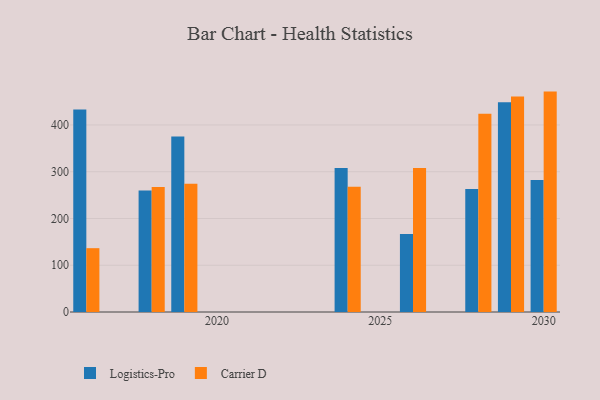
{"axis": {"x": "Year", "y": "Tickets Resolved"}, "legend": ["Carrier D", "Logistics-Pro"], "data": [{"x": "2028", "y": 263.3, "type": "Logistics-Pro"}, {"x": "2028", "y": 424.0, "type": "Carrier D"}, {"x": "2029", "y": 448.7, "type": "Logistics-Pro"}, {"x": "2029", "y": 460.7, "type": "Carrier D"}, {"x": "2030", "y": 282.3, "type": "Logistics-Pro"}, {"x": "2030", "y": 471.4, "type": "Carrier D"}, {"x": "2018", "y": 259.7, "type": "Logistics-Pro"}, {"x": "2018", "y": 267.6, "type": "Carrier D"}, {"x": "2026", "y": 166.6, "type": "Logistics-Pro"}, {"x": "2026", "y": 308.0, "type": "Carrier D"}, {"x": "2024", "y": 308.0, "type": "Logistics-Pro"}, {"x": "2024", "y": 268.1, "type": "Carrier D"}, {"x": "2016", "y": 433.1, "type": "Logistics-Pro"}, {"x": "2016", "y": 136.5, "type": "Carrier D"}, {"x": "2019", "y": 375.6, "type": "Logistics-Pro"}, {"x": "2019", "y": 274.4, "type": "Carrier D"}]}